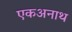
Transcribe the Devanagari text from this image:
एकअनाथ